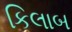
કિલાબ